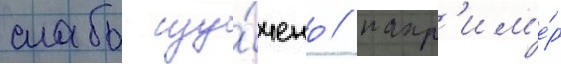
слабо изу́чено / напр'им'е́р